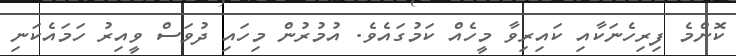
ކޮންމެ ފިރިހެނަކާއި ކައިިރިވާ މީހެއް ކަމުގައެެވެ. އުމުރުން މިހައި ދުވަސް ވީއިރު ހަމައެކަނި